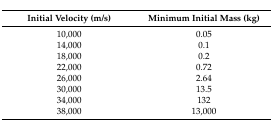
| Initial Velocity (m/s) | Minimum Initial Mass (kg) |
 | --- | --- |
 | 10,000 | 0.05 |
 | 14,000 | 0.1 |
 | 18,000 | 0.2 |
 | 22,000 | 0.72 |
 | 26,000 | 2.64 |
 | 30,000 | 13.5 |
 | 34,000 | 132 |
 | 38,000 | 13,000 |